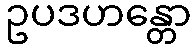
ဥပဒဟန္တော